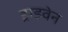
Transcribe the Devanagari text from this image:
ड्राइवेन